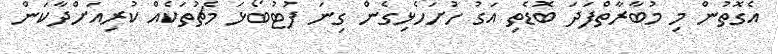
އެގޮތުން މި މުބާރާތްފަދަ ބޮޑެތި އަގު ހުށަހެޅިގެން ގިނަ ފުޓުބޯޅަ މެޗުތަކެއް ކުރިއަށްދާކަން